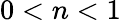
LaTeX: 0<n<1